Vaccination in the Punjab 1883-1896 - 1883-1896
Year: 1883
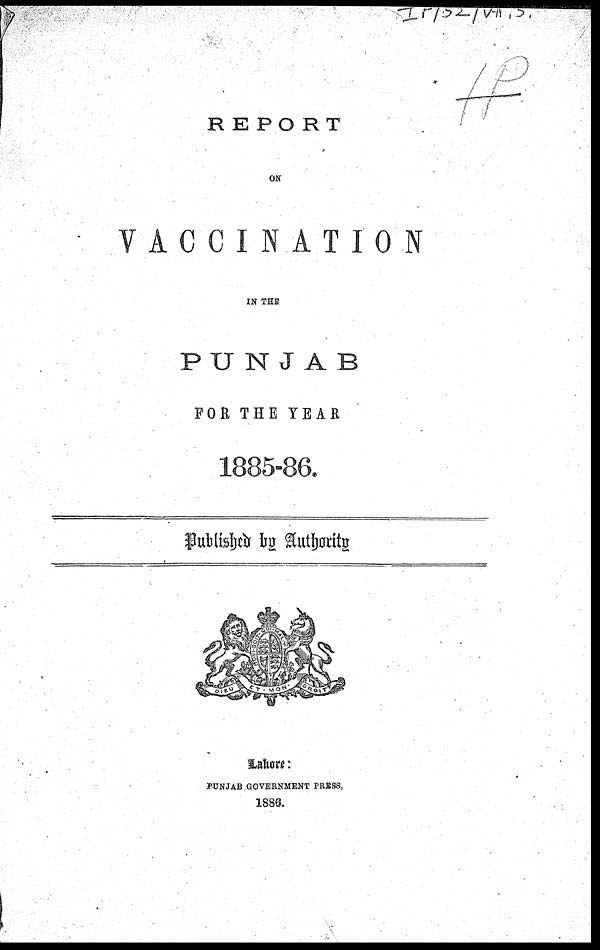
REPORT
ON
VACCINATION
IN THE
PUNJAB
FOR THE YEAR
1885-86.
Published for Authority
Lahore:
PUNJAB GOVERNMENT PRESS,
1886.